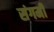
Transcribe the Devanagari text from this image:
संगमीं